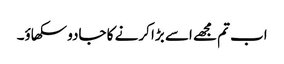
اب تم مجھے اسے بڑا کرنے کا جادو سکھاؤ۔